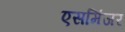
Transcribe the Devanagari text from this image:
एसमिंजर